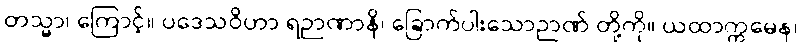
တသ္မာ၊ ကြောင့်။ ပဒေသဝိဟာ ရဉာဏာနိ၊ ခြောက်ပါးသောဉာဏ် တို့ကို။ ယထာက္ကမေန၊